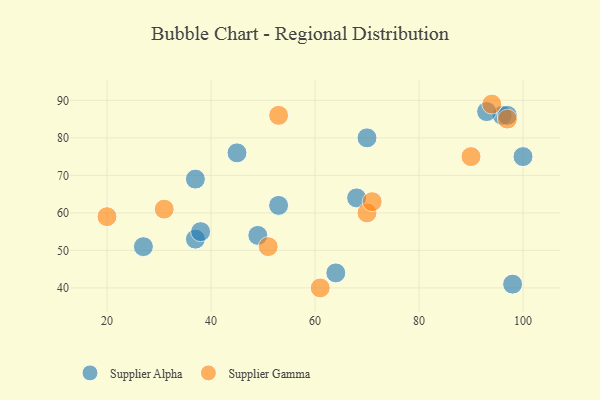
{"axis": {"x": "GDP", "y": "Life Expectancy"}, "legend": ["Supplier Alpha", "Supplier Gamma"], "data": [{"x": "27", "y": 51, "type": "Supplier Alpha"}, {"x": "100", "y": 75, "type": "Supplier Alpha"}, {"x": "37", "y": 69, "type": "Supplier Alpha"}, {"x": "98", "y": 41, "type": "Supplier Alpha"}, {"x": "53", "y": 62, "type": "Supplier Alpha"}, {"x": "70", "y": 80, "type": "Supplier Alpha"}, {"x": "68", "y": 64, "type": "Supplier Alpha"}, {"x": "96", "y": 86, "type": "Supplier Alpha"}, {"x": "64", "y": 44, "type": "Supplier Alpha"}, {"x": "37", "y": 53, "type": "Supplier Alpha"}, {"x": "97", "y": 86, "type": "Supplier Alpha"}, {"x": "38", "y": 55, "type": "Supplier Alpha"}, {"x": "93", "y": 87, "type": "Supplier Alpha"}, {"x": "49", "y": 54, "type": "Supplier Alpha"}, {"x": "45", "y": 76, "type": "Supplier Alpha"}, {"x": "94", "y": 89, "type": "Supplier Gamma"}, {"x": "20", "y": 59, "type": "Supplier Gamma"}, {"x": "31", "y": 61, "type": "Supplier Gamma"}, {"x": "70", "y": 60, "type": "Supplier Gamma"}, {"x": "97", "y": 85, "type": "Supplier Gamma"}, {"x": "51", "y": 51, "type": "Supplier Gamma"}, {"x": "90", "y": 75, "type": "Supplier Gamma"}, {"x": "53", "y": 86, "type": "Supplier Gamma"}, {"x": "61", "y": 40, "type": "Supplier Gamma"}, {"x": "71", "y": 63, "type": "Supplier Gamma"}]}